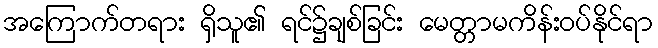
အကြောက်တရား ရှိသူ၏ ရင်၌ချစ်ခြင်း မေတ္တာမကိန်းဝပ်နိုင်ရာ